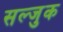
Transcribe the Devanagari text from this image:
सल्जुक